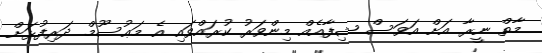
މާތް ނީރާ އަށް އަވަސް ޝިފާއެއް މިންވަރު ކުރައްވައި އެ މަޢުސޫމް ދަރިފުޅަށް